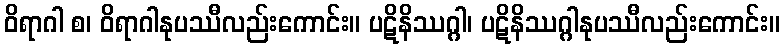
ဝိရာဂါ စ၊ ဝိရာဂါနုပဿီလည်းကောင်း။ ပဋိနိဿဂ္ဂါ၊ ပဋိနိဿဂ္ဂါနုပဿီလည်းကောင်း။